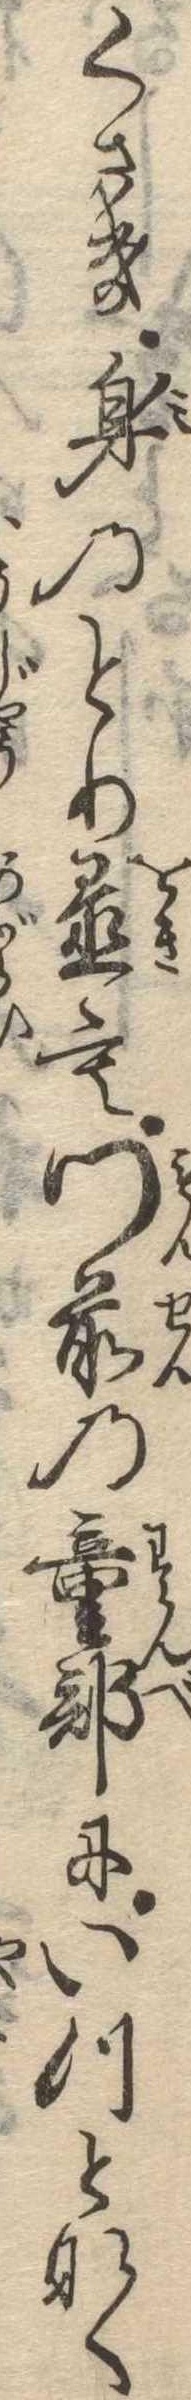
くさき身のとり置も門前の童部にいつとなく